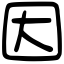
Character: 因